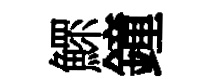
鰥鐘